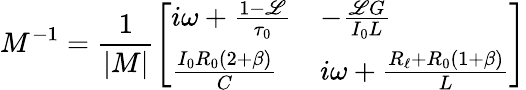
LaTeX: M^{-1}=\frac{1}{\left|\begin{array}{l}{M}\end{array}\right|}\left[\begin{array}{ll}{i\omega+\frac{1-\mathscr{L}}{\tau_{0}}}&{-\frac{\mathscr{L}G}{I_{0}L}}\\ {\frac{I_{0}R_{0}(2+\beta)}{C}}&{i\omega+\frac{R_{\ell}+R_{0}(1+\beta)}{L}}\end{array}\right]